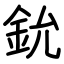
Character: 鈗